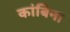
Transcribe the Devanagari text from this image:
कांबिना